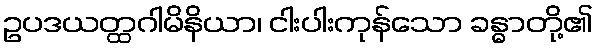
ဥပဒယတ္ထဂါမိနိယာ၊ ငါးပါးကုန်သော ခန္ဓာတို့၏